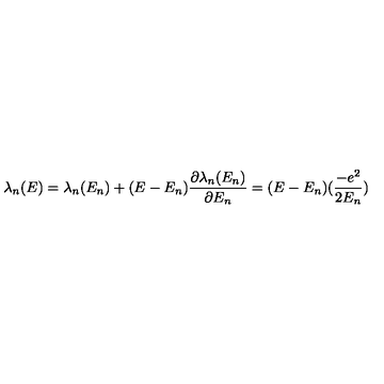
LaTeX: \lambda _ { n } ( E ) = \lambda _ { n } ( E _ { n } ) + ( E - E _ { n } ) \frac { \partial \lambda _ { n } ( E _ { n } ) } { \partial E _ { n } } = ( E - E _ { n } ) ( \frac { - e ^ { 2 } } { 2 E _ { n } } )